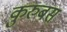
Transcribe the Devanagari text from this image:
कुरुबस